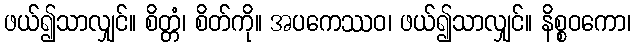
ဖယ်၍သာလျှင်။ စိတ္တံ၊ စိတ်ကို။ အပကေဿဝ၊ ဖယ်၍သာလျှင်။ နိစ္စဝကော၊